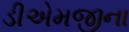
ડીએમજીના